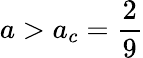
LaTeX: a>a_{c}=\frac{2}{9}